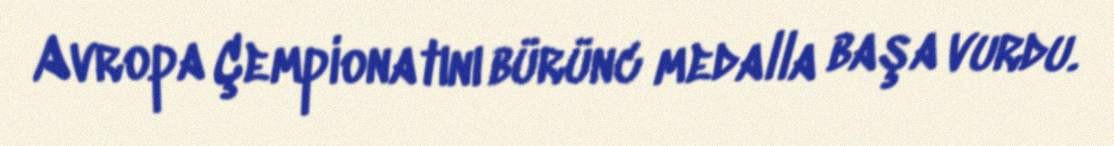
Avropa Çempionatını bürünc medalla başa vurdu.